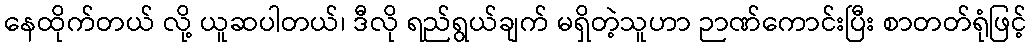
နေထိုက်တယ် လို့ ယူဆပါတယ်၊ ဒီလို ရည်ရွယ်ချက် မရှိတဲ့သူဟာ ဉာဏ်ကောင်းပြီး စာတတ်ရုံဖြင့်